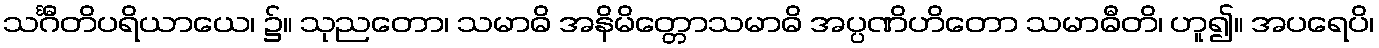
သင်္ဂီတိပရိယာယေ၊ ၌။ သုညတော၊ သမာဓိ အနိမိတ္တောသမာဓိ အပ္ပဏိဟိတော သမာဓီတိ၊ ဟူ၍။ အပရေပိ၊